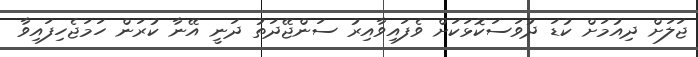
ޖަލަށް ދިއުމަށް ކުޑަ ދުވަސަކޮޅަކަށް ވެފައިވާއިރު ސަންޖޭދަތު ދަނީ އޭނާ ކުރަން ހަމަޖެހިފައިވާ